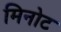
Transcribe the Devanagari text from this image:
मिनोट